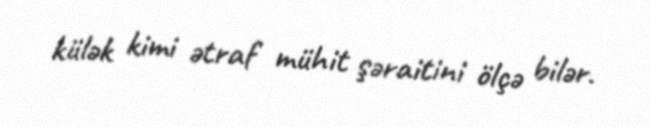
külək kimi ətraf mühit şəraitini ölçə bilər.